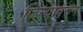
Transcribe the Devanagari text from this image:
जिन्यावरुन